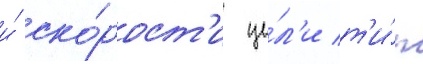
и́ ско́рост'и це́л'и т'и́п